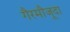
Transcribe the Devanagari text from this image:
गैरमौजूदा